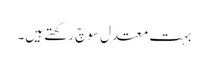
بہت معتدل سوچ رکھتے ہیں۔